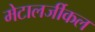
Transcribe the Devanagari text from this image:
मेटालर्जीकल